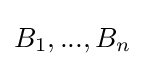
\textstyle B_{1},...,B_{n}